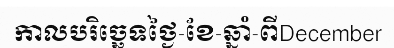
កាលបរិច្ឆេទថ្ងៃ-ខែ-ឆ្នាំ-ពីDecember